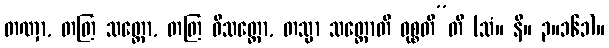
တဏှာ, တတြ သတ္တော, တတြ ဝိသတ္တော, တသ္မာ သတ္တောတိ ဝုစ္စတီ”တိ (သံ။ နိ။ ၃။၁၆၁)။